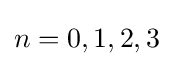
{\textstyle n=0,1,2,3}